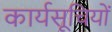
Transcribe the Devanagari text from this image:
कार्यसूचियों